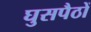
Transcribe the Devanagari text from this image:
घुसपैठों